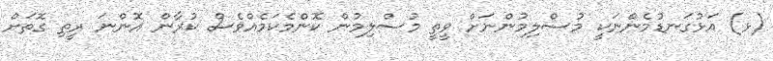
(ޅ) އަޅުގަނޑުމެންނަކީ މުސްލިމުންނަށް ވީތީ މުސްލިމުން ކޮންމެކަމެއްވެސް ކުރާން އޮންނަ ރީތި ގޮތަށް